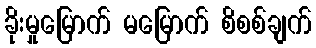
ခိုးမှုမြောက် မမြောက် စိစစ်ချက်